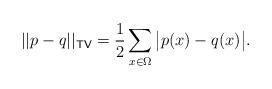
LaTeX: \begin{align*}||p-q||_{\mathsf{TV}}=\frac{1}{2}\sum_{x\in\Omega}\big|p(x)-q(x)\big|.\end{align*}